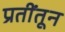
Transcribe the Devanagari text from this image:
प्रतींतून